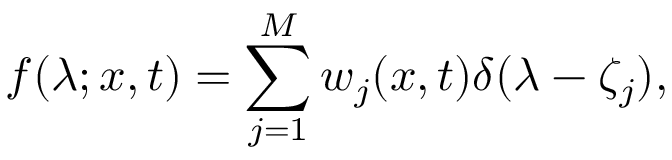
f ( \lambda ; x , t ) = \sum _ { j = 1 } ^ { M } w _ { j } ( x , t ) \delta ( \lambda - \zeta _ { j } ) ,